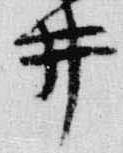
井